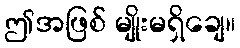
ဤအဖြစ် မျိုးမရှိချေ။